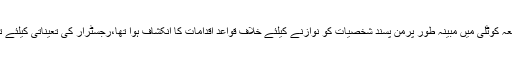
واضح رہے کہ اس سے قبل جامعہ کوٹلی میں مبینہ طور پرمن پسند شخصیات کو نوازنے کیلئے خلاف قواعد اقدامات کا انکشاف ہوا تھا،رجسٹرار کی تعیناتی کیلئے تیسری بار اشتہار جاری کیا گیا ۔